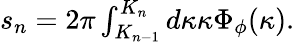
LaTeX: \begin{array}{r}{s_{n}=2\pi\int_{K_{n-1}}^{K_{n}}d\kappa\kappa\Phi_{\phi}(\kappa).}\end{array}